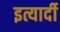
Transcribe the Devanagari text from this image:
इत्यार्दी